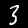
Digit: 3